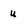
Character: u